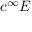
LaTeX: c ^ { \infty } E